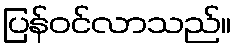
ပြန်ဝင်လာသည်။